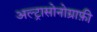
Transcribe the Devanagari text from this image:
अल्ट्रासोनोग्राफ़ी